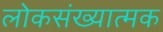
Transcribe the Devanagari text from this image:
लोकसंख्यात्मक